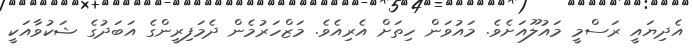
އެދިޔައީ ރަސްމީ މައުލޫއަށެވެ. މައުވަން ހިތަށް އެރިއެވެ. މަޒްހަރުމެން ދެމަފިރީންގެ އަބަދުގެ ޝަކުވާއަކީ